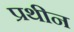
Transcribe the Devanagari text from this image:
प्रथीन